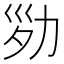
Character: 𠡝